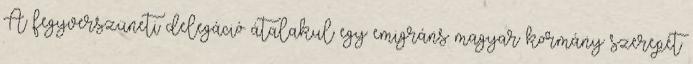
A fegyverszüneti delegáció átalakul egy emigráns magyar kormány szerepét